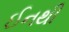
ઈનથી